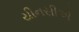
યીનસીએ